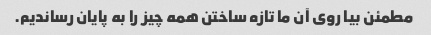
مطمئن بیا روی آن ما تازه ساختن همه چیز را به پایان رساندیم.